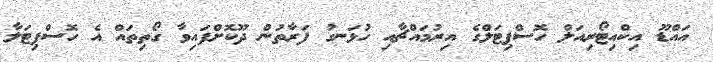
އައްޑޫ އިކްއިޓޯރިއަލް ހޮސްޕިޓަލްގެ އިރުމައްޗާއި ހުޅަނގު ފަރާތުން ދޫކޮށްފައިވާ ގޯތިތައް އެ ހޮސްޕިޓަލާ